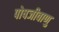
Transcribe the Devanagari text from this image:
पोषजीवाणु